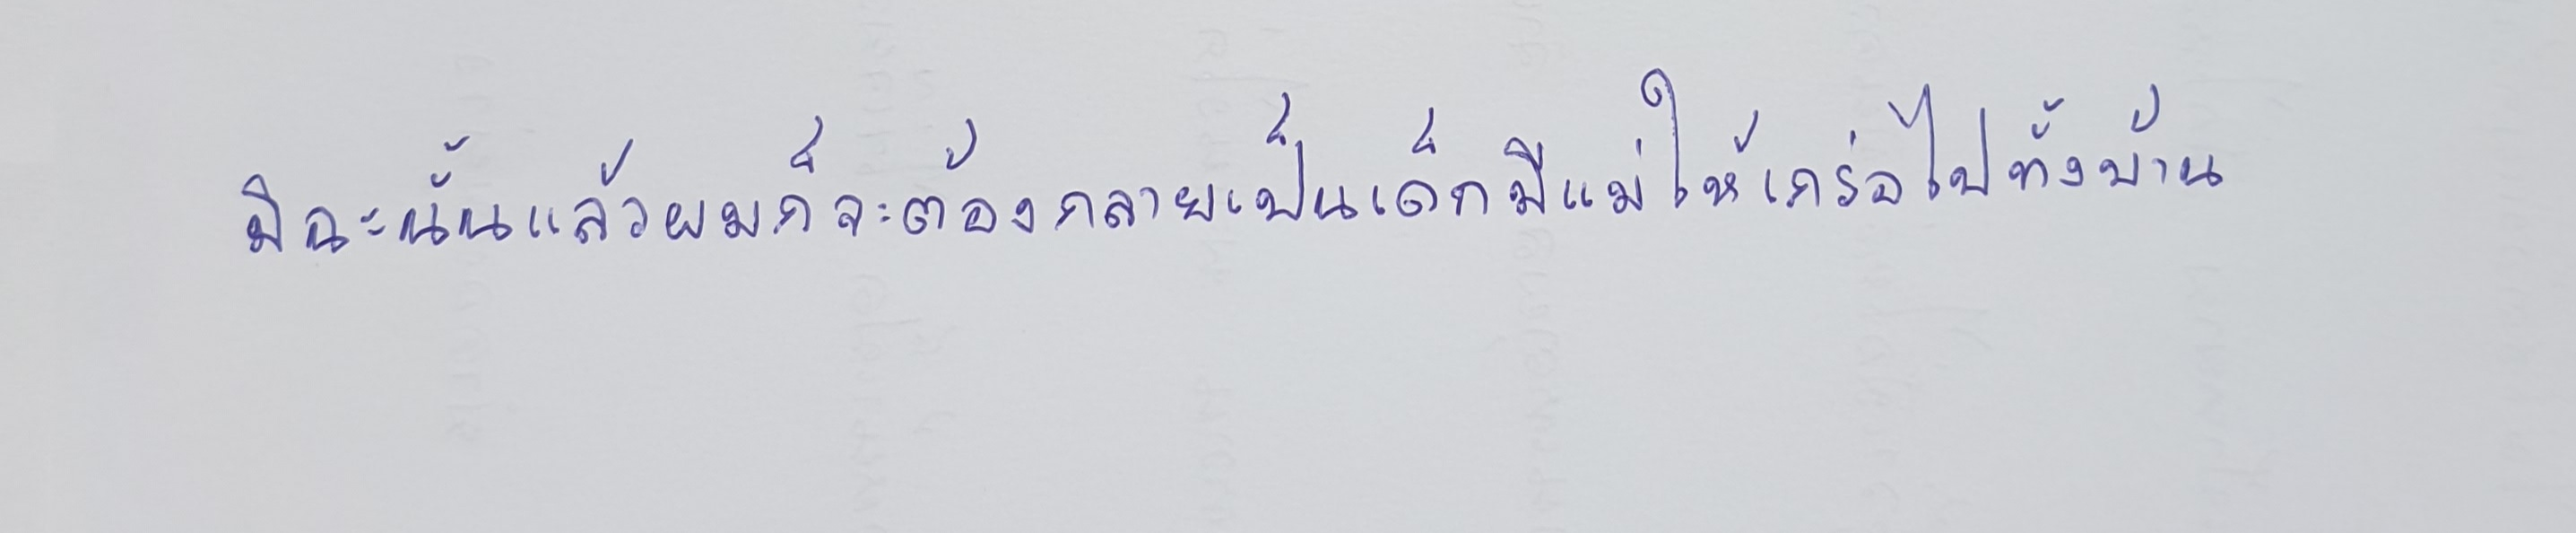
มิฉะนั้นแล้วผมก็จะต้องกลายเป็นเด็กมีแม่ให้เกร่อไปทั้งบ้าน